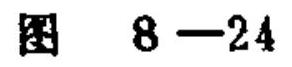
图 \(8 - 24\)